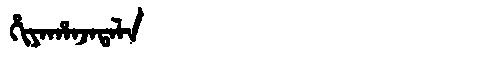
Manchu: ᡥᡳᠶᠠᡥᠠᠨᠵᠠᡨᠠᠯᠠ
Romanization: HIYAHANJATALA